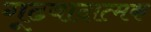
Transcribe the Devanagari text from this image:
गूढवादात्मक